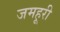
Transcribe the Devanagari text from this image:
जमहूरी